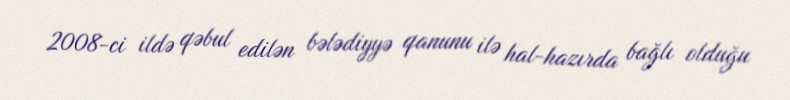
2008-ci ildə qəbul edilən bələdiyyə qanunu ilə hal-hazırda bağlı olduğu